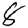
Digit: 8